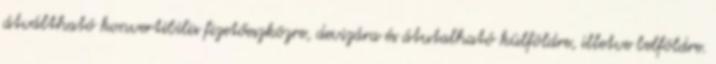
átváltható konvertibilis fizetőeszközre, devizára és átutalható külföldre, illetve belföldre.